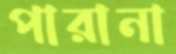
পারানা